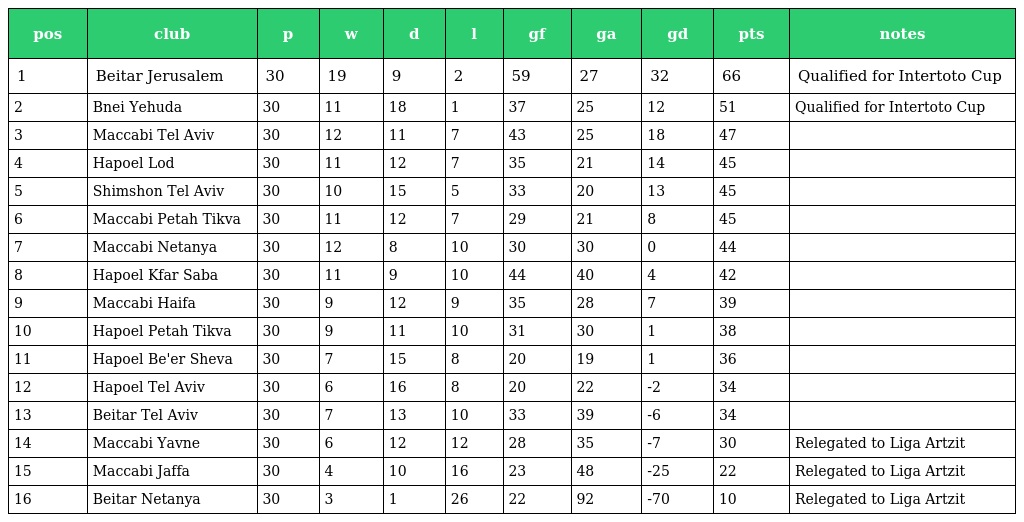
| pos | club | p | w | d | l | gf | ga | gd | pts | notes |
 | --- | --- | --- | --- | --- | --- | --- | --- | --- | --- | --- |
 | 1 | Beitar Jerusalem | 30 | 19 | 9 | 2 | 59 | 27 | 32 | 66 | Qualified for Intertoto Cup |
 | 2 | Bnei Yehuda | 30 | 11 | 18 | 1 | 37 | 25 | 12 | 51 | Qualified for Intertoto Cup |
 | 3 | Maccabi Tel Aviv | 30 | 12 | 11 | 7 | 43 | 25 | 18 | 47 |  |
 | 4 | Hapoel Lod | 30 | 11 | 12 | 7 | 35 | 21 | 14 | 45 |  |
 | 5 | Shimshon Tel Aviv | 30 | 10 | 15 | 5 | 33 | 20 | 13 | 45 |  |
 | 6 | Maccabi Petah Tikva | 30 | 11 | 12 | 7 | 29 | 21 | 8 | 45 |  |
 | 7 | Maccabi Netanya | 30 | 12 | 8 | 10 | 30 | 30 | 0 | 44 |  |
 | 8 | Hapoel Kfar Saba | 30 | 11 | 9 | 10 | 44 | 40 | 4 | 42 |  |
 | 9 | Maccabi Haifa | 30 | 9 | 12 | 9 | 35 | 28 | 7 | 39 |  |
 | 10 | Hapoel Petah Tikva | 30 | 9 | 11 | 10 | 31 | 30 | 1 | 38 |  |
 | 11 | Hapoel Be'er Sheva | 30 | 7 | 15 | 8 | 20 | 19 | 1 | 36 |  |
 | 12 | Hapoel Tel Aviv | 30 | 6 | 16 | 8 | 20 | 22 | -2 | 34 |  |
 | 13 | Beitar Tel Aviv | 30 | 7 | 13 | 10 | 33 | 39 | -6 | 34 |  |
 | 14 | Maccabi Yavne | 30 | 6 | 12 | 12 | 28 | 35 | -7 | 30 | Relegated to Liga Artzit |
 | 15 | Maccabi Jaffa | 30 | 4 | 10 | 16 | 23 | 48 | -25 | 22 | Relegated to Liga Artzit |
 | 16 | Beitar Netanya | 30 | 3 | 1 | 26 | 22 | 92 | -70 | 10 | Relegated to Liga Artzit |